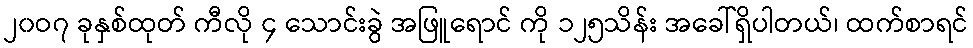
၂၀ဝ၇ ခုနှစ်ထုတ် ကီလို ၄ သောင်းခွဲ အဖြူရောင် ကို ၁၂၅သိန်း အခေါ်ရှိပါတယ်၊ ထက်စာရင်